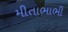
મીતાભાભી